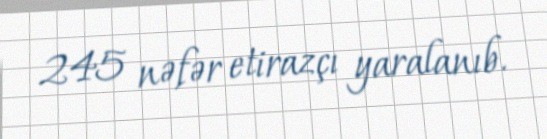
245 nəfər etirazçı yaralanıb.